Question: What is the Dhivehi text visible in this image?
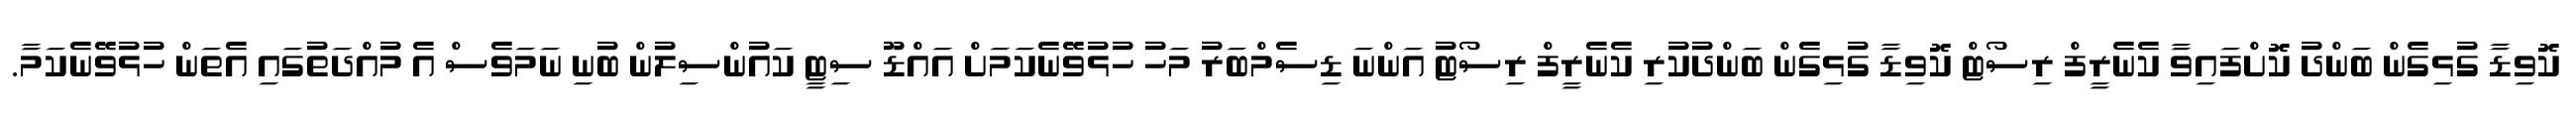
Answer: ކޮވިޑާ ގުޅިގެން ބަންދު ކޮށްފައިވާ ކެނެރީފް ރިސޯޓް ކޮވިޑާ ގުޅިގެން ބަންދުކުރި ކެނެރީފް ރިސޯޓު އަންނަ ޑިސެމްބަރު މަހު ހުޅުވޭނެކަމަށް އައްޑޫ ސިޓީ ކައުންސިލުން ބުނި ނަމަވެސް އެ މުއްދަތުގައި އެތަން ހުޅުވޭނެކަމާ.